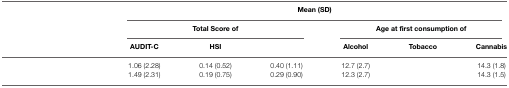
<table><thead><tr><td>[EMPTY_CELL]</td><td colspan="6"><b>Mean (SD)</b></td></tr><tr><td>[EMPTY_CELL]</td><td colspan="3"><b>Total Score of</b></td><td colspan="3"><b>Age at first consumption of</b></td></tr><tr><td>[EMPTY_CELL]</td><td><b>AUDIT-C</b></td><td><b>HSI</b></td><td>[EMPTY_CELL]</td><td><b>Alcohol</b></td><td><b>Tobacco</b></td><td><b>Cannabis</b></td></tr></thead><tbody><tr><td>[EMPTY_CELL]</td><td>1.06 (2.28)</td><td>0.14 (0.52)</td><td>0.40 (1.11)</td><td>12.7 (2.7)</td><td>[EMPTY_CELL]</td><td>14.3 (1.8)</td></tr><tr><td>[EMPTY_CELL]</td><td>1.49 (2.31)</td><td>0.19 (0.75)</td><td>0.29 (0.90)</td><td>12.3 (2.7)</td><td>[EMPTY_CELL]</td><td>14.3 (1.5)</td></tr></tbody></table>